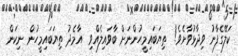
ކަލޭގެފާނު ވިދާޅުވާށެވެ!  ތިޔަބައިމީހުންނަށް ބާވައިލެއްވި  އާމެދު ތިޔަބައިމީހުން ނިކަން